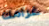
غرامك